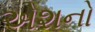
એશનો